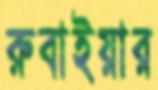
রুবাইয়ার